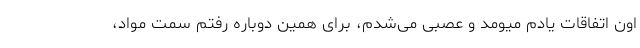
اون اتفاقات یادم میومد و عصبی می‌شدم، برای همین دوباره رفتم سمت مواد،